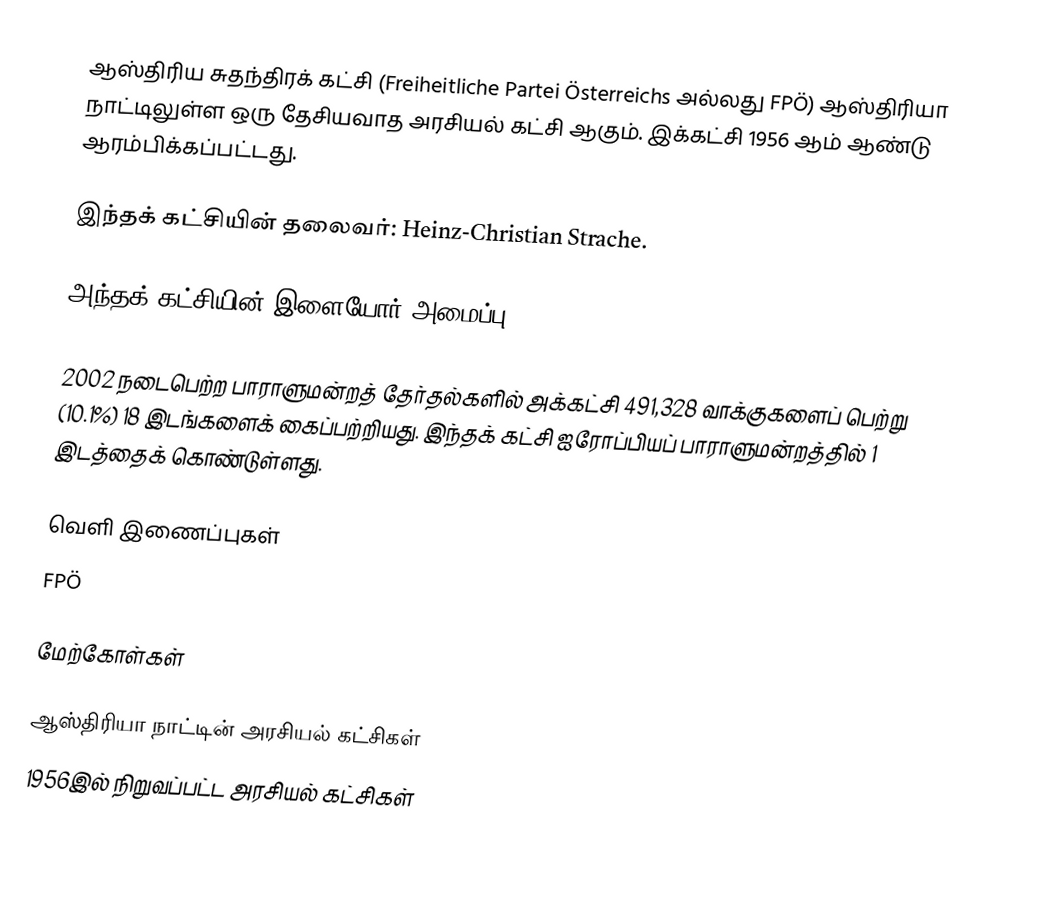
ஆஸ்திரிய சுதந்திரக் கட்சி (Freiheitliche Partei Österreichs அல்லது FPÖ) ஆஸ்திரியா நாட்டிலுள்ள ஒரு தேசியவாத அரசியல் கட்சி ஆகும். இக்கட்சி 1956 ஆம் ஆண்டு ஆரம்பிக்கப்பட்டது.

இந்தக் கட்சியின் தலைவர்: Heinz-Christian Strache.

அந்தக் கட்சியின் இளையோர் அமைப்பு: Ring Freiheitlicher Jugend Österreich.

2002 நடைபெற்ற பாராளுமன்றத் தேர்தல்களில் அக்கட்சி 491,328 வாக்குகளைப் பெற்று (10.1%) 18 இடங்களைக் கைப்பற்றியது. இந்தக் கட்சி ஐரோப்பியப் பாராளுமன்றத்தில் 1 இடத்தைக் கொண்டுள்ளது.

வெளி இணைப்புகள்
 FPÖ

மேற்கோள்கள்

ஆஸ்திரியா நாட்டின் அரசியல் கட்சிகள்
1956இல் நிறுவப்பட்ட அரசியல் கட்சிகள்